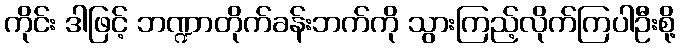
ကိုင်း ဒါဖြင့် ဘဏ္ဍာတိုက်ခန်းဘက်ကို သွားကြည့်လိုက်ကြပါဦးစို့